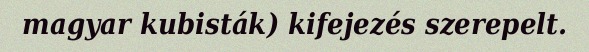
magyar kubisták) kifejezés szerepelt.